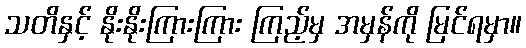
သတိနှင့် နိုးနိုးကြားကြား ကြည့်မှ အမှန်ကို မြင်ရမှာ။